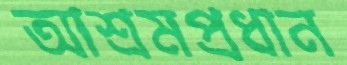
আশ্রমপ্রধান